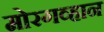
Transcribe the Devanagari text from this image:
मोरगव्हान